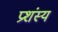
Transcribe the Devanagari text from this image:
प्रशंस्य